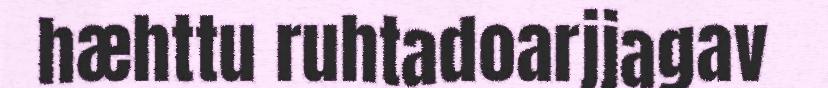
hæhttu ruhtadoarjjagav